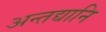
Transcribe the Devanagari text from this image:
अन्तद्यानि